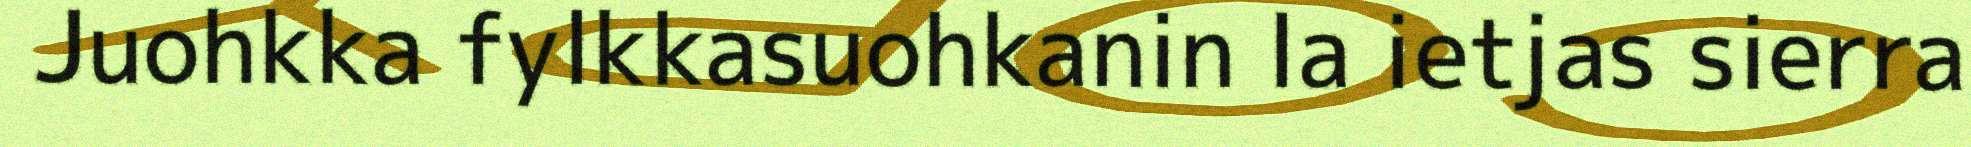
Juohkka fylkkasuohkanin la ietjas sierra